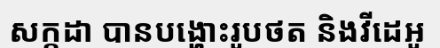
សក្កដា បានបង្ហោះរូបថត និងវីដេអូ